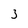
Character: 3